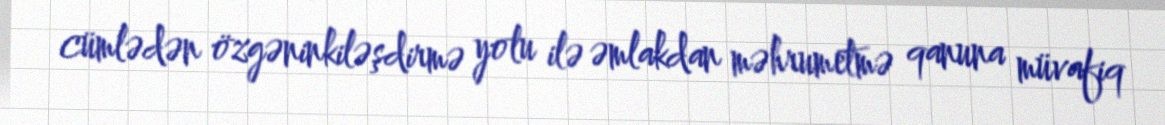
cümlədən özgəninkiləşdirmə yolu ilə əmlakdan məhrumetmə qanuna müvafiq